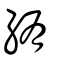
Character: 絠